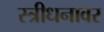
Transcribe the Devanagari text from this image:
स्त्रीधनावर